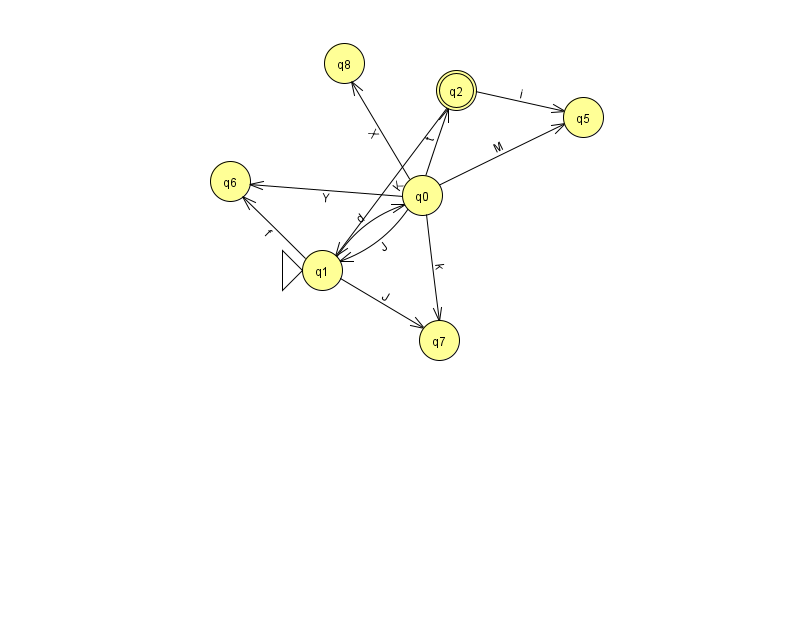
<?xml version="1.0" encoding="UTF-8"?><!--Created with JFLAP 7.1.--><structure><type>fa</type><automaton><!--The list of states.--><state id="0" name="q0"><x>422.0</x><y>182.0</y></state><state id="1" name="q1"><x>322.0</x><y>257.0</y><initial/></state><state id="2" name="q2"><x>456.0</x><y>77.0</y><final/></state><state id="5" name="q5"><x>583.0</x><y>104.0</y></state><state id="6" name="q6"><x>230.0</x><y>168.0</y></state><state id="7" name="q7"><x>439.0</x><y>327.0</y></state><state id="8" name="q8"><x>344.0</x><y>50.0</y></state><!--The list of transitions.--><transition><from>1</from><to>6</to><read>f</read></transition><transition><from>2</from><to>5</to><read>i</read></transition><transition><from>0</from><to>5</to><read>M</read></transition><transition><from>1</from><to>0</to><read>d</read></transition><transition><from>0</from><to>7</to><read>k</read></transition><transition><from>1</from><to>7</to><read>J</read></transition><transition><from>0</from><to>2</to><read>t</read></transition><transition><from>2</from><to>1</to><read>K</read></transition><transition><from>0</from><to>1</to><read>J</read></transition><transition><from>0</from><to>8</to><read>X</read></transition><transition><from>0</from><to>6</to><read>Y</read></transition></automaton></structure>